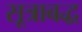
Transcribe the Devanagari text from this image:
सूत्राबद्ध